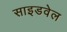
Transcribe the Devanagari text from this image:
साइडवेल